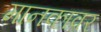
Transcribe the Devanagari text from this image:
मानकावर